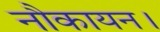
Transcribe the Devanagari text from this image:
नौकायन।